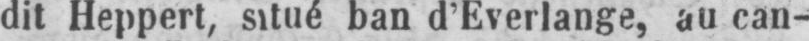
dit Heppert, situé ban d’Everlange, au can-